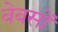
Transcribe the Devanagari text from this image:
बेबसों